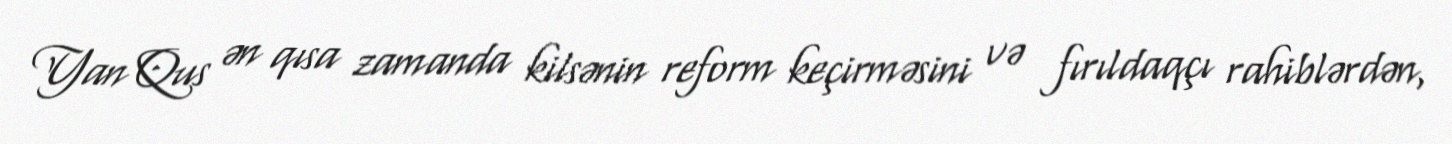
Yan Qus ən qısa zamanda kilsənin reform keçirməsini və fırıldaqçı rahiblərdən,